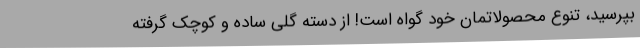
بپرسید، تنوع محصولاتمان خود گواه است! از دسته گلی ساده و کوچک گرفته